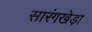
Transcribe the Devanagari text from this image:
सारंगखेड़ा